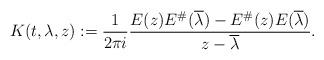
\begin{align*} K(t, \lambda, z) := \frac{1}{2\pi i} \frac{E(z) E^{\#} (\overline{\lambda}) - E^{\#} (z) E( \overline{\lambda } ) }{z - \overline{\lambda} }.\end{align*}